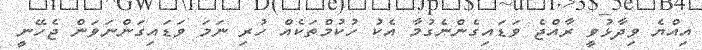
އިއްޔެ ވިދާޅުވީ ރާއްޖެ ވަޑައިގެންނެގުމާ އެކު ހުކުމްތަކެއް ހުރި ނަމަ ވަޑައިގަންނަވަން ޖެހޭނީ